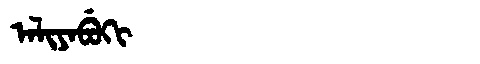
Manchu: ᠠᠯᡳᠶᠠᠪᡠᡴᡳ
Romanization: ALIYABUKI